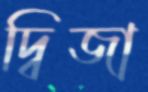
দ্বিজা